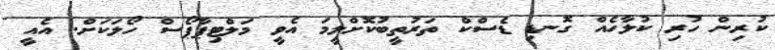
ކުރިން ހުރި ކުލާހެއް ގޮނޑި ޑެސްކް ތަރުތީބުކޮށްލީމަ އެވީ މަލްޓިޕާޕޯސް ހޯލަކަށް. އެއީ